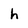
Character: h